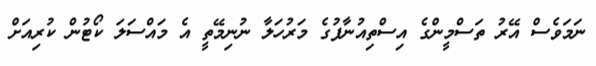
ނަމަވެސް އޭރު ތަސްމީންގެ އިސްތިއުނާފުގެ މަރުހަލާ ނުނިމޭތީ އެ މައްސަލަ ކޯޓުން ކުރިއަށް